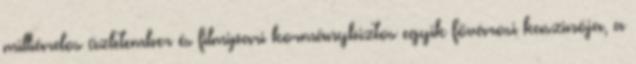
milliárdos üzletember és filmipari kormánybiztos egyik fővárosi kaszinója, a